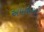
અમાશયની